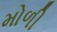
મોળી